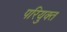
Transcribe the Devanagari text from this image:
परियुक्त